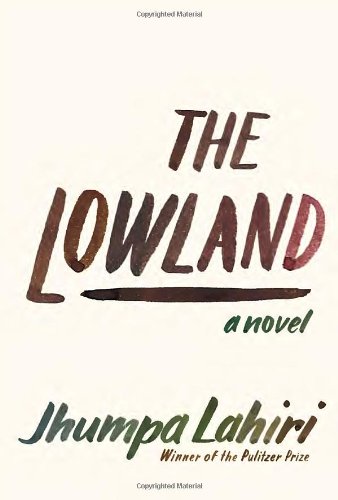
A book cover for The Lowland; Jhumpa Lahiri; Literature & Fiction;